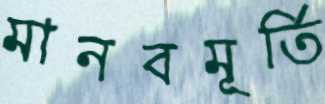
মানবমূর্তি